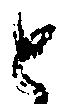
と